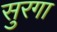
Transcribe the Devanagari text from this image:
सुरगा